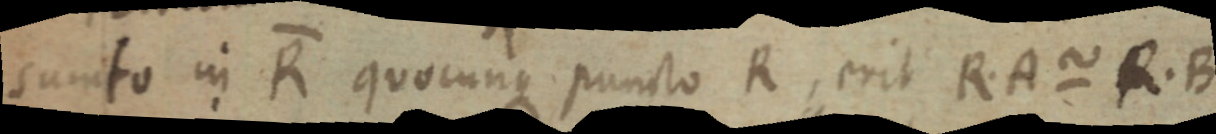
sunto in R quocunque puncto R, erit R. A ~ R. B